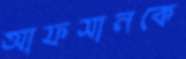
আফসানকে